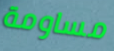
مساومة